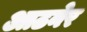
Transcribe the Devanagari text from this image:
आठनेर